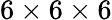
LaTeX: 6\times 6\times 6